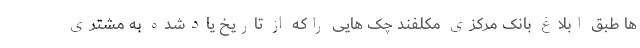
ها طبق ابلاغ بانک مرکزی مکلفند چک هایی راکه از تاریخ یادشده به مشتری